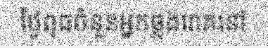
ថ្ងៃពុធចំនួនអ្នកឆ្លងរោគនៅ